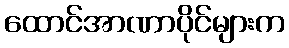
ထောင်အာဏာပိုင်များက